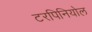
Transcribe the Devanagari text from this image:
टरपिनियोल